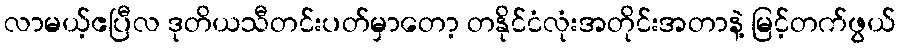
လာမယ့်ဧပြီလ ဒုတိယသီတင်းပတ်မှာတော့ တနိုင်ငံလုံးအတိုင်းအတာနဲ့ မြင့်တက်ဖွယ်